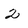
Character: 2